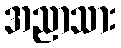
အညာသား